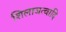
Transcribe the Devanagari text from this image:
शिलाजत्वादि